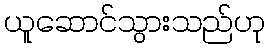
ယူဆောင်သွားသည်ဟု